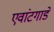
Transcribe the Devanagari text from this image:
एवांटगार्डे